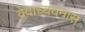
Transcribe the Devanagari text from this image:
वेदाध्ययनास